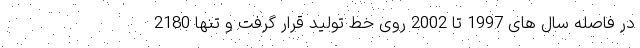
در فاصله سال های 1997 تا 2002 روی خط تولید قرار گرفت و تنها 2180